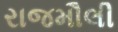
રાજમૌલી